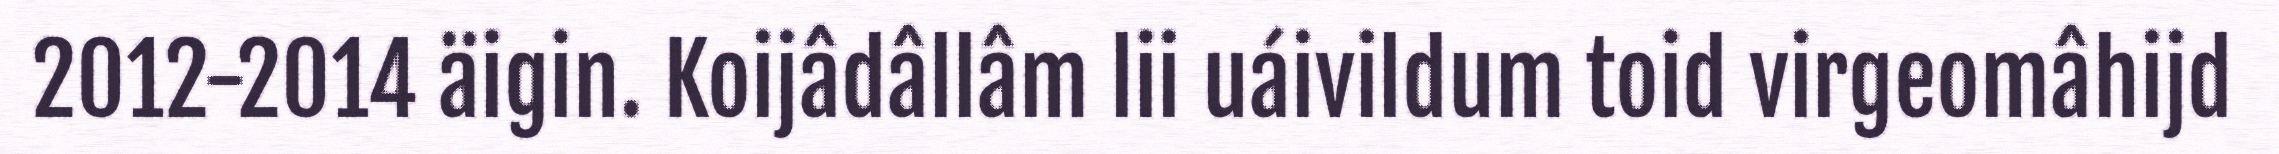
2012-2014 äigin. Koijâdâllâm lii uáivildum toid virgeomâhijd